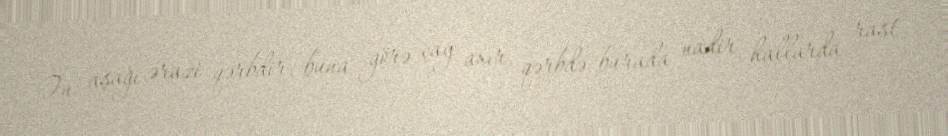
Ən aşağı ərazi qərbdir, buna görə çay axır, qərbdə burada nadir hallarda rast